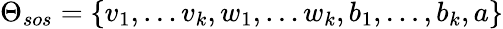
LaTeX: \Theta_{sos}=\{ v_{1},\dots v_{k},w_{1},\dots w_{k},b_{1},\dots,b_{k},a\}